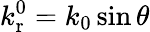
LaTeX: k_{\mathrm{r}}^{0}=k_{0}\sin\theta